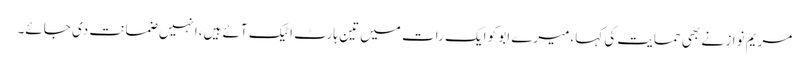
مریم نواز نے بھی حمایت کی کہا،میرے ابو کو ایک رات میں تین ہارٹ اٹیک آئے ہیں،انہیں ضمانت دی جائے۔